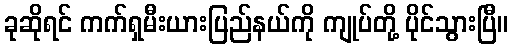
ခုဆိုရင် ကက်ရှမီးယားပြည်နယ်ကို ကျုပ်တို့ ပိုင်သွားပြီ။